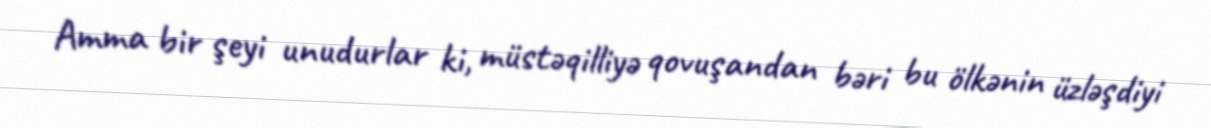
Amma bir şeyi unudurlar ki, müstəqilliyə qovuşandan bəri bu ölkənin üzləşdiyi